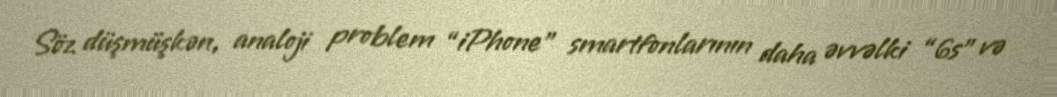
Söz düşmüşkən, analoji problem “iPhone” smartfonlarının daha əvvəlki “6s” və